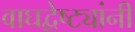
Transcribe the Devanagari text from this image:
वाघद्वेष्ट्यांनी